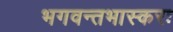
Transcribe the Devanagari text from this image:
भगवन्तभास्करः